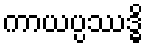
ကာယပ္ပဿဒ္ဓိ